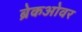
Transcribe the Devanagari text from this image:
ब्रेकओवर